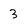
Character: 3